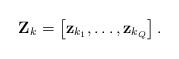
\begin{align*}\mathbf{Z}_k = \left[\mathbf{z}_{k_1}, \ldots, \mathbf{z}_{k_Q} \right].\end{align*}